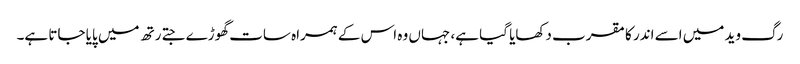
رگ وید میں اسے اندر کا مقرب دکھایا گیا ہے، جہاں وہ اس کے ہمراہ سات گھوڑے جتے رتھ میں پایا جاتا ہے۔